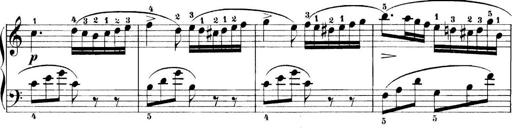
Title: 11 Sonatinas
Composer: Anton Diabelli